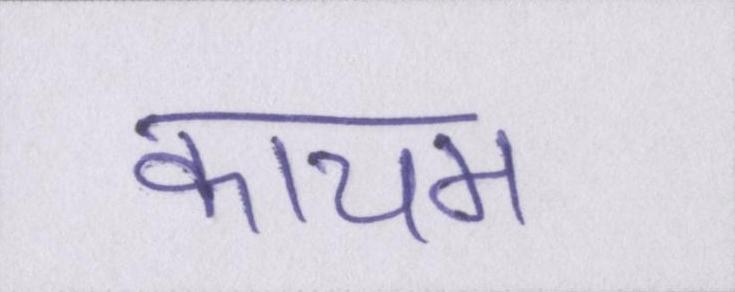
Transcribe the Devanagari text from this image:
कायम